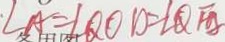
\angle A = \angle Q O D = \angle Q F B